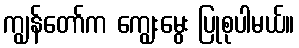
ကျွန်တော်က ကျွေးမွေး ပြုစုပါမယ်။